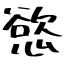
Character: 慾